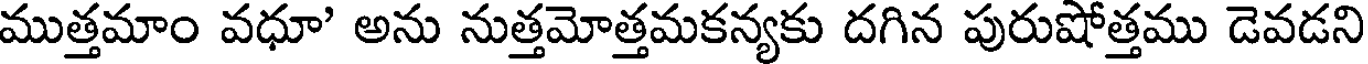
ముత్తమాం వధూ' అను నుత్తమోత్తమకన్యకు దగిన పురుషోత్తము డెవడని